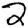
Digit: 2